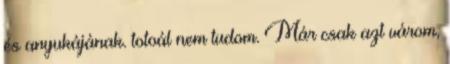
és anyukájának. totoál nem tudom. Már csak azt várom,